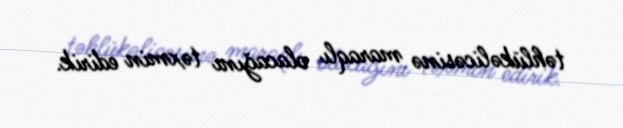
təhlükəlicəsinə maraqlı olacağını təxmin edirik.